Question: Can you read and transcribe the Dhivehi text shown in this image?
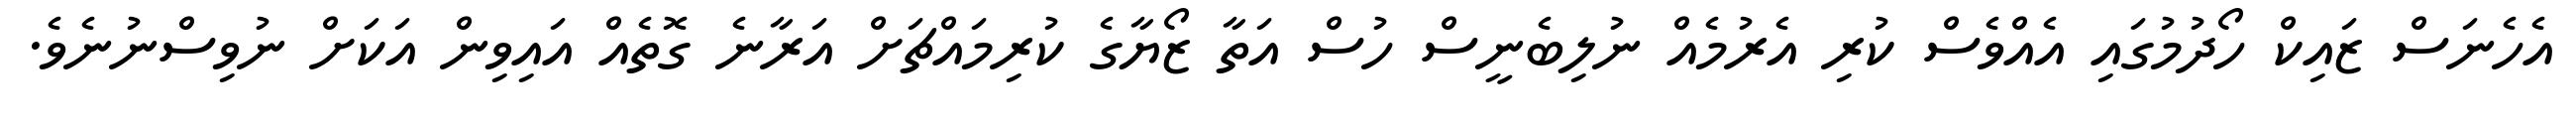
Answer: އެހެނަސް ޒައިކް ހޯދުމުގައި އެއްވެސް ކުރި އެރުމެއް ނުލިބެނީސް ހުސް އަތާ ޒޯޔާގެ ކުރިމައްޗަށް އަރާނެ ގޮތެއް އައިވިން އަކަށް ނުވިސްނުނެވެ.